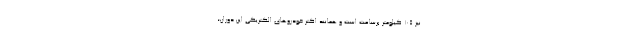
نیز 105 کیلومتر برساعت است و همانند اکثر خودروهای الکتریکی این دوران؛